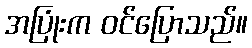
အပြုံးက ဝင်ပြောသည်။